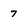
Character: 7